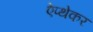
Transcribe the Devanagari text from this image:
ऐप्थेकर